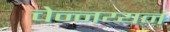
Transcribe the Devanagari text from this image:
चेन्नय्यन